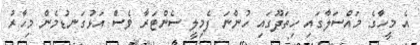
އެ މީހާގެ މައްސަލާގައި ހިތަދޫގައި ހުންނަ ފެމިލީ ސެންޓަރާ ވެސް އަޅުގަނޑުމެން މިހާރު